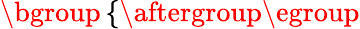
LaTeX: \mathopen{}\mathclose\bgroup\left\{ \begin{array}{rlrl}\end{array}\aftergroup\egroup\right.